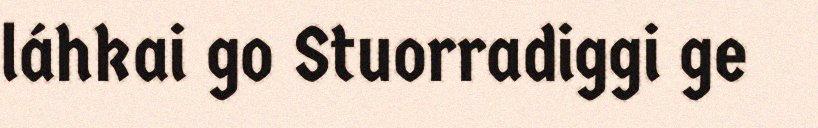
láhkai go Stuorradiggi ge